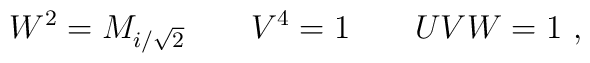
W^2=M_{i/\sqrt 2}\qquad V^4=1 \qquad UVW=1 \ ,